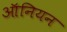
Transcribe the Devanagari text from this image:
ऑनियन